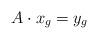
LaTeX: \begin{align*}A\cdot x_{g} = y_{g}\end{align*}